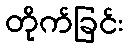
တိုက်ခြင်း